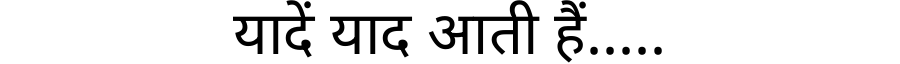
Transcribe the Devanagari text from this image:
यादें याद आती हैं.....